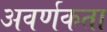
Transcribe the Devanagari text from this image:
अवर्णकता